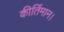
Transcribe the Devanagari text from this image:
कीर्तिमान।